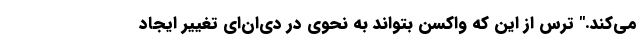
می‌کند." ترس از این که واکسن بتواند به نحوی در دی‌ان‌ای تغییر ایجاد